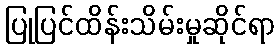
ပြုပြင်ထိန်းသိမ်းမှုဆိုင်ရာ